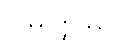
ဝိဿတ္ထဿ